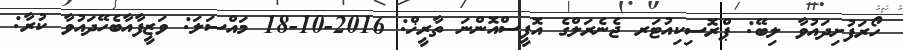
ހޯރަފުށިދައުވާ ލިބޭ: ޕްރޮސިކިއުޓަރ ޖެނެރަލްގެ އޮފީސްއޮންނަ ތާރީޚް: 2016-10-18 މައްސަލަ: ވަޒީފާއާބެހޭދައުވާ ކުރާ: